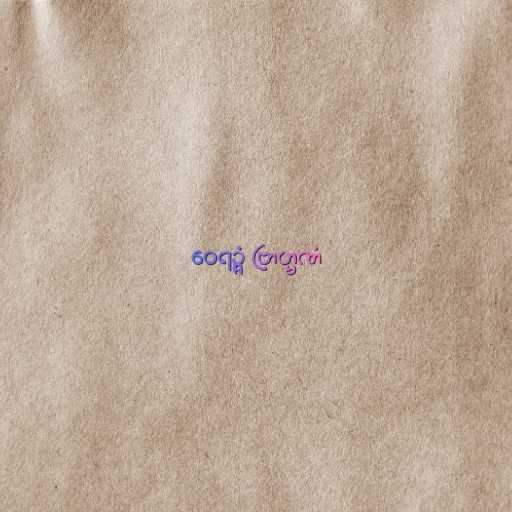
ဝေရဉ္ဇံ ဗြာဟ္မဏံ